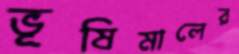
ভূষিমালের